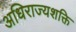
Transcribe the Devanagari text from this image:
अधिराज्यशक्ति